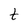
Character: t